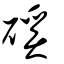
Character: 磎